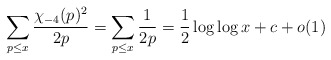
\begin{align*}\sum_{p \leq x} \frac{\chi_{-4}(p)^{2}}{2p} = \sum_{p \leq x} \frac{1}{2p} = \frac{1}{2} \log \log x+c+o(1)\end{align*}